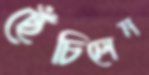
ছেঁচিলেন